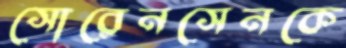
সোরেনসেনকে